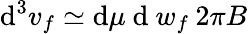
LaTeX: \mathrm{d}^{3}v_{f}\simeq\mathrm{d}\mu\mathrm{~d~}w_{f}\: 2\pi B